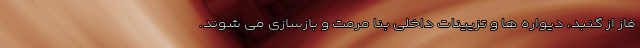
فاز از گنبد، دیواره ها و تزیینات داخلی بنا مرمت و بازسازی می شوند.